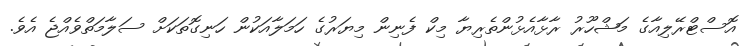
އޮސްޓްރޭލިއާގެ މަޝްހޫރު ރާޅާއެޅުންތެރިޔާ މިކް ފެނިން މިޔަރުގެ ހަމަލާއަކުން ހަނިގޮތަކަށް ސަލާމަތްވެއްޖެ އެވެ.